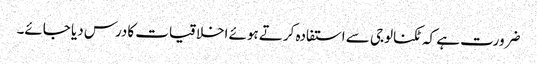
ضرورت ہے کہ ٹکنالوجی سے استفادہ کرتے ہوئے اخلاقیات کادرس دیا جائے۔